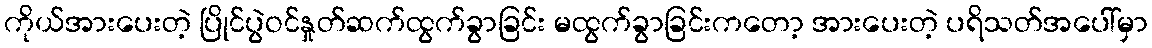
ကိုယ်အားပေးတဲ့ ပြိုင်ပွဲဝင်နှုတ်ဆက်ထွက်ခွာခြင်း မထွက်ခွာခြင်းကတော့ အားပေးတဲ့ ပရိသတ်အပေါ်မှာ